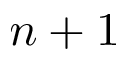
n + 1